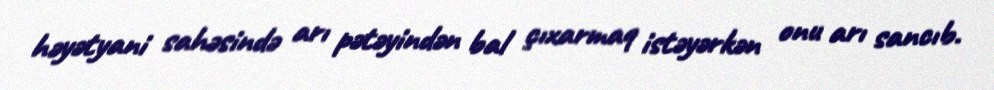
həyətyani sahəsində arı pətəyindən bal çıxarmaq istəyərkən onu arı sancıb.